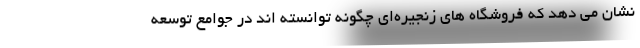
نشان می دهد که فروشگاه های زنجیره‌ای چگونه توانسته اند در جوامع توسعه